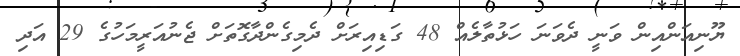
ޔޫނިއަންއިން ވަނީ ދެވަނަ ހަޅުތާލެއް 48 ގަޑިއިރަށް ދެމިގެންދާގޮތަށް ޖެނުއަރީމަހުގެ 29 އަދި